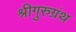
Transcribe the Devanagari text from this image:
श्रीगुरुग्रंथ